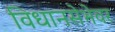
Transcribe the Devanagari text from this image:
विधानसेभेवर